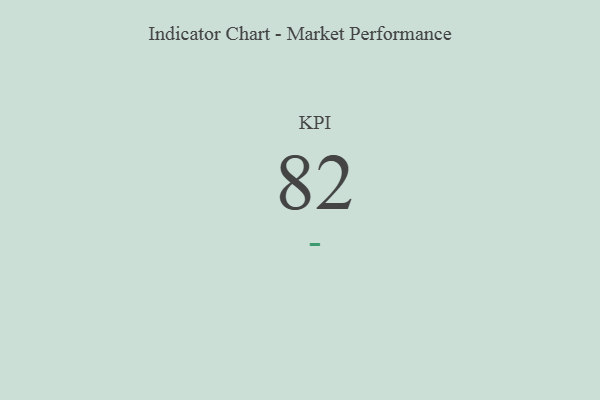
{"axis": {"x": "KPI", "y": "Value"}, "legend": [""], "data": [{"x": "KPI", "y": 82, "type": ""}]}